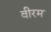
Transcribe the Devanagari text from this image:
वीरम